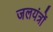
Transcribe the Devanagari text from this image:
जलयंत्रों